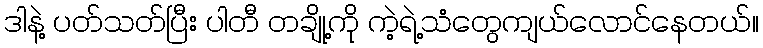
ဒါနဲ့ ပတ်သတ်ပြီး ပါတီ တချို့ကို ကဲ့ရဲ့သံတွေကျယ်လောင်နေတယ်။